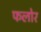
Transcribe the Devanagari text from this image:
फलोर